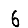
Digit: 6